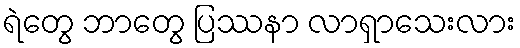
ရဲတွေ ဘာတွေ ပြဿနာ လာရှာသေးလား